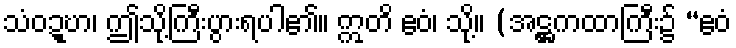
သံဝဍ္ဎာ၊ ဤသို့ကြီးပွားရပါ၏။ ဣတိ ဧဝံ၊ သို့။ (အဋ္ဌကထာကြီး၌ “ဧဝံ